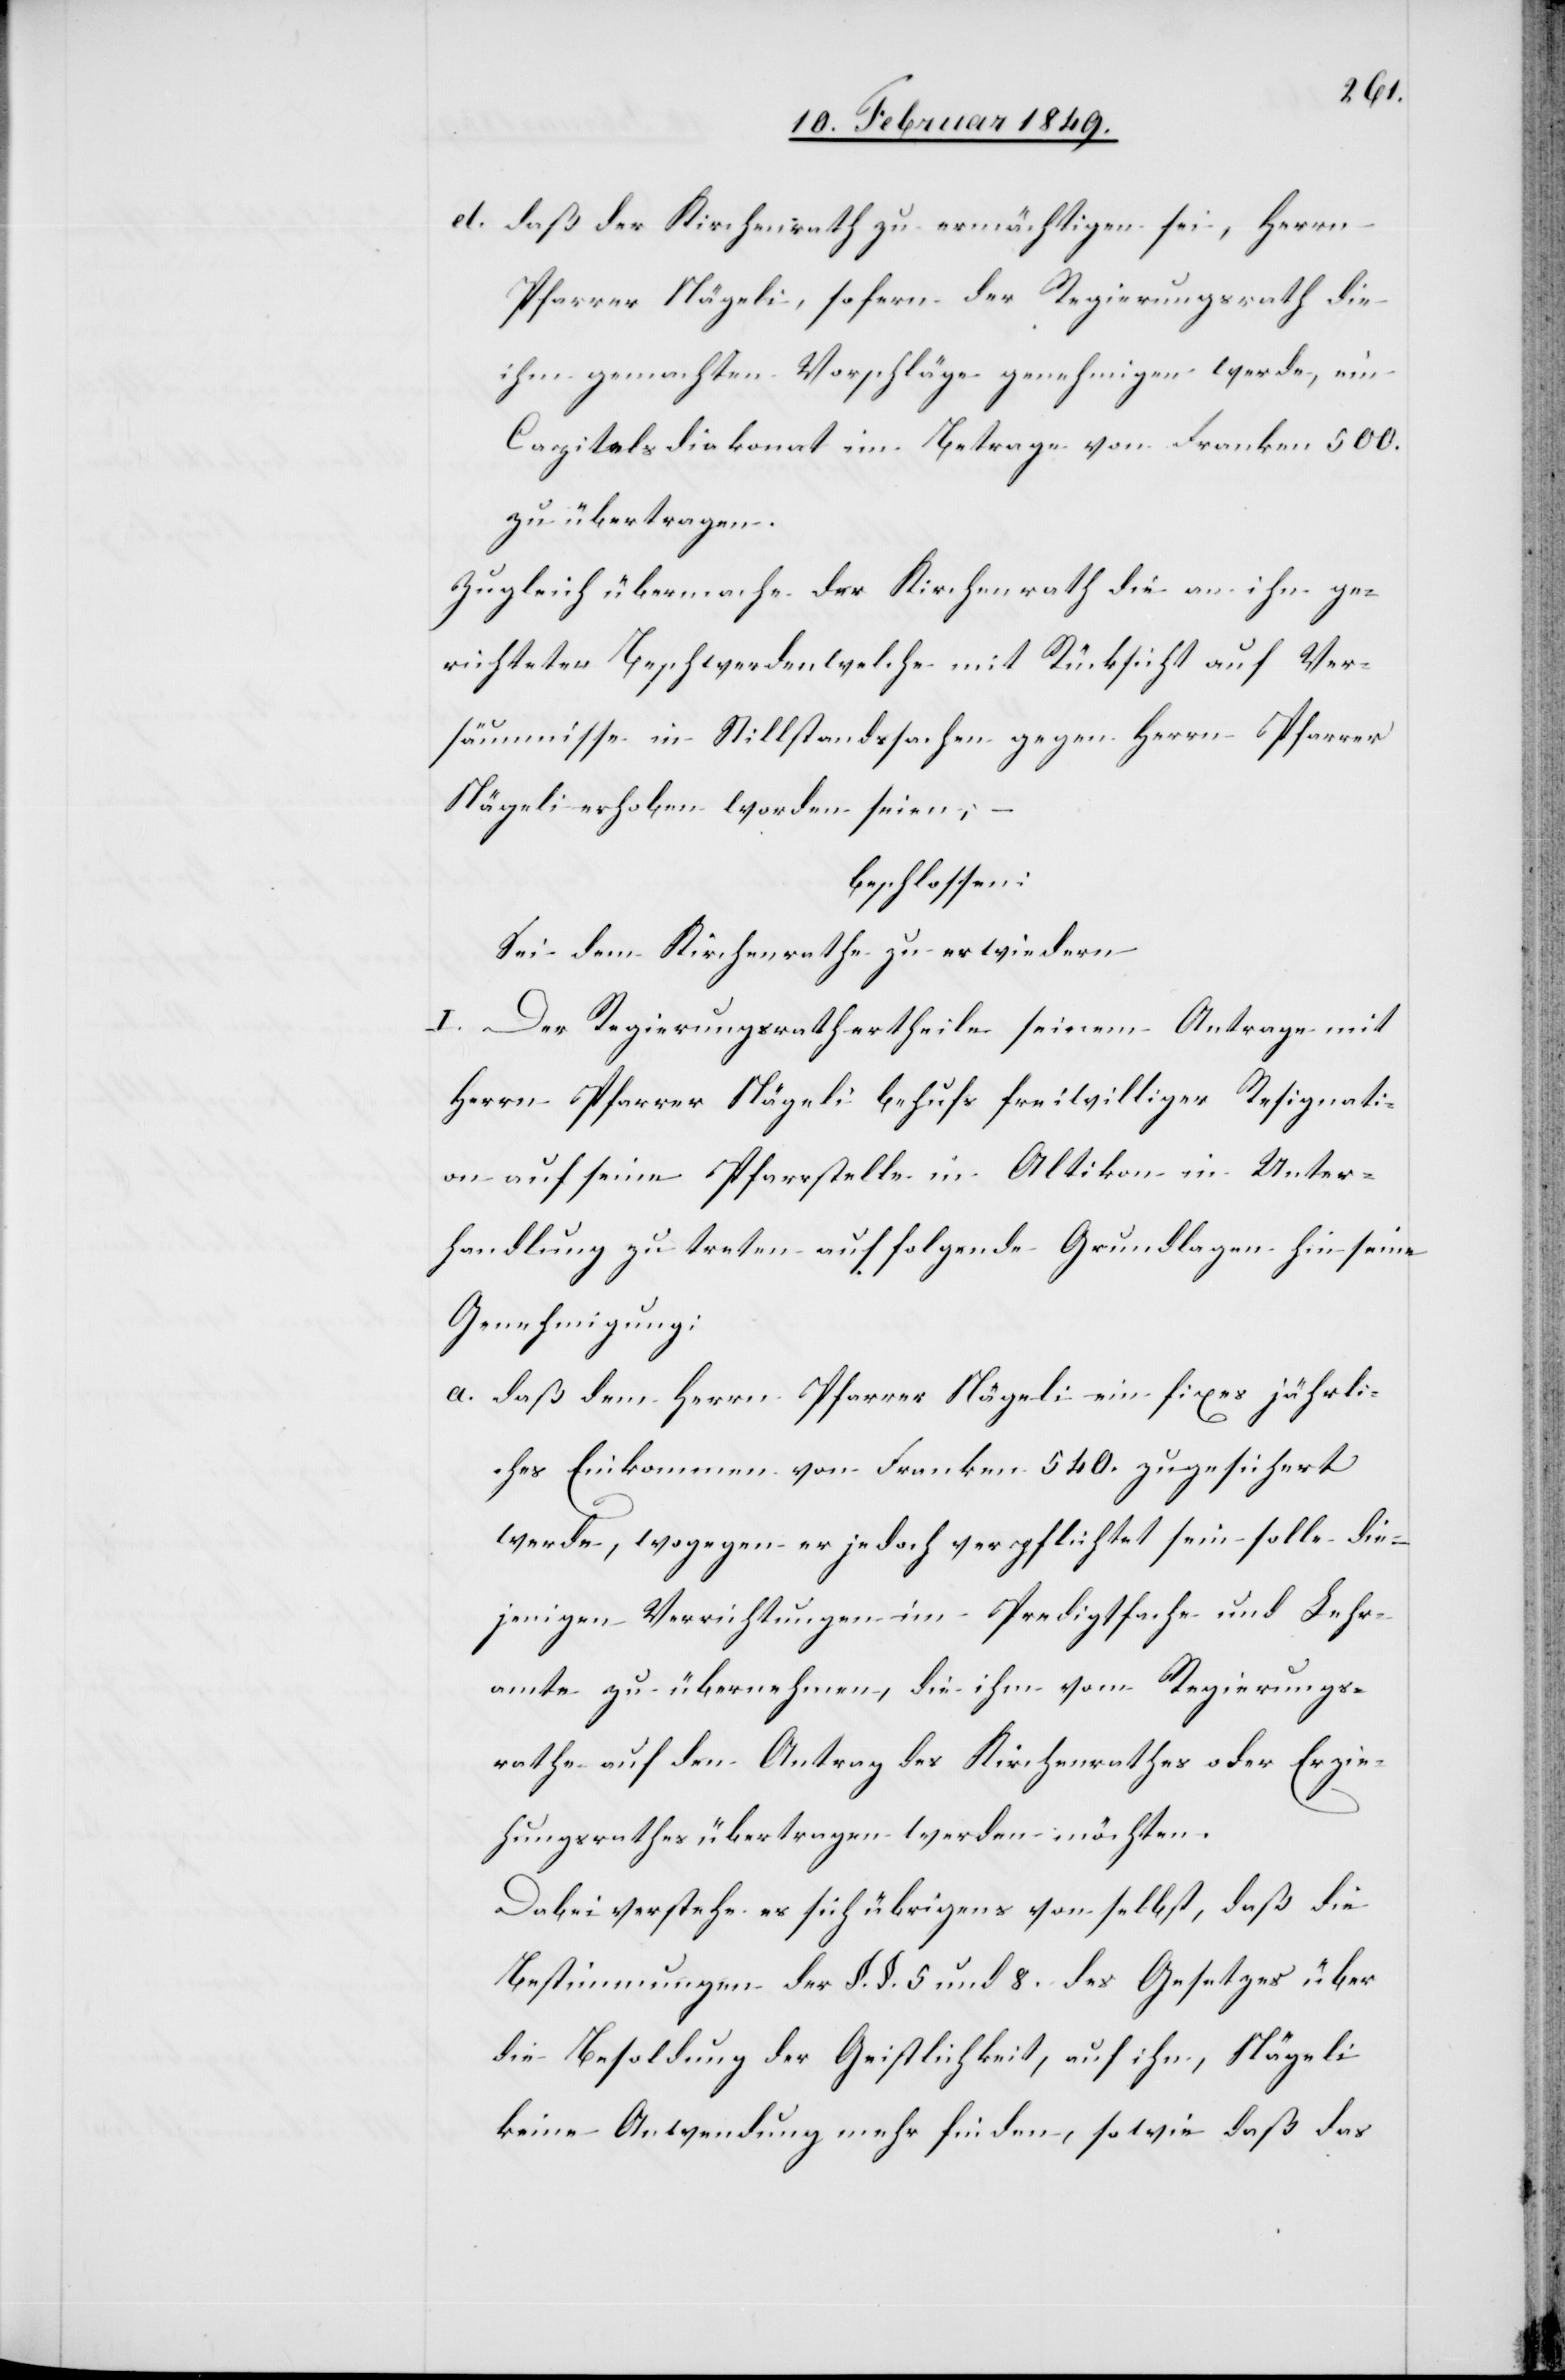
d. daß der Kirchenrath zu ermächtigen sei, Herrn
Pfarrer Nägeli, sofern der Regierungsrath die
ihm gemachten Vorschläge genehmigen werde, ein
Capitelsdiakonat im Betrage von Franken 500.
zu übertragen.
Zugleich übermache der Kirchenrath die an ihn ge¬
richteten Beschwerden welche mit Rücksicht auf Ver¬
säumnisse in Stillstandssachen gegen Herrn Pfarrer
Nägeli erhoben worden seien;
beschlossen:
Sei dem Kirchenrathe zu erwiedern
I. Der Regierungsrath ertheile seinem Antrage mit
Herrn Pfarrer Nägli behufs freiwilliger Resignati¬
on auf seine Pfarrstelle in Altikon in Unter¬
handlung zu treten auf folgende Grundlagen hin seine
Genehmigung:
a. daß dem Herrn Pfarrer Nägeli ein fixes jährli¬
ches Einkommen von Franken 540. zugesichert
werde, wogegen er jedoch verpflichtet sein solle die¬
jenigen Verrichtungen im Predigtfache und Lehr¬
amte zu übernehmen, die ihm vom Regierungs¬
rathe auf den Antrag des Kirchenrathes oder Erzie¬
hungsrathes übertragen werden möchten.
Dabei verstehe es sich übrigens von selbst, daß die
Bestimmungen der §. §. 5 und 8. des Gesetzes über
die Besoldung der Geistlichkeit, auf ihn, Nägeli
keine Anwendung mehr finden, sowie daß das